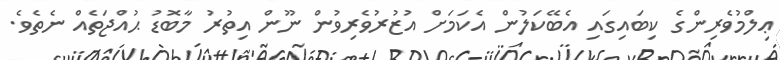
ޢިލްމުވެރިންގެ ކިބައިގައި އެބޭކަލުން އެކަމަށް އުޒުރުވެރިވުން ނޫން އިތުރު މާބޮޑު ޙުއްޖަތެއް ނެތެވެ.